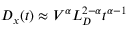
D _ { x } ( t ) \approx V ^ { \alpha } L _ { D } ^ { 2 - \alpha } t ^ { \alpha - 1 }